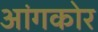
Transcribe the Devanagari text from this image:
आंगकोर